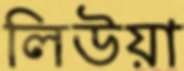
লিউয়া